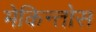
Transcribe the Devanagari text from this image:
मेकिन्तोस